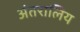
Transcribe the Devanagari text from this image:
अंतरालिय